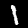
Label: 1